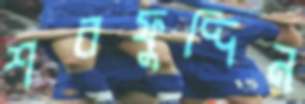
শরফুদ্দিন